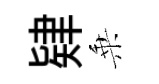
肄乗